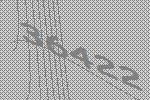
36422